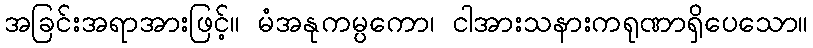
အခြင်းအရာအားဖြင့်။ မံအနုကမ္ပကော၊ ငါအားသနားကရုဏာရှိပေသော။